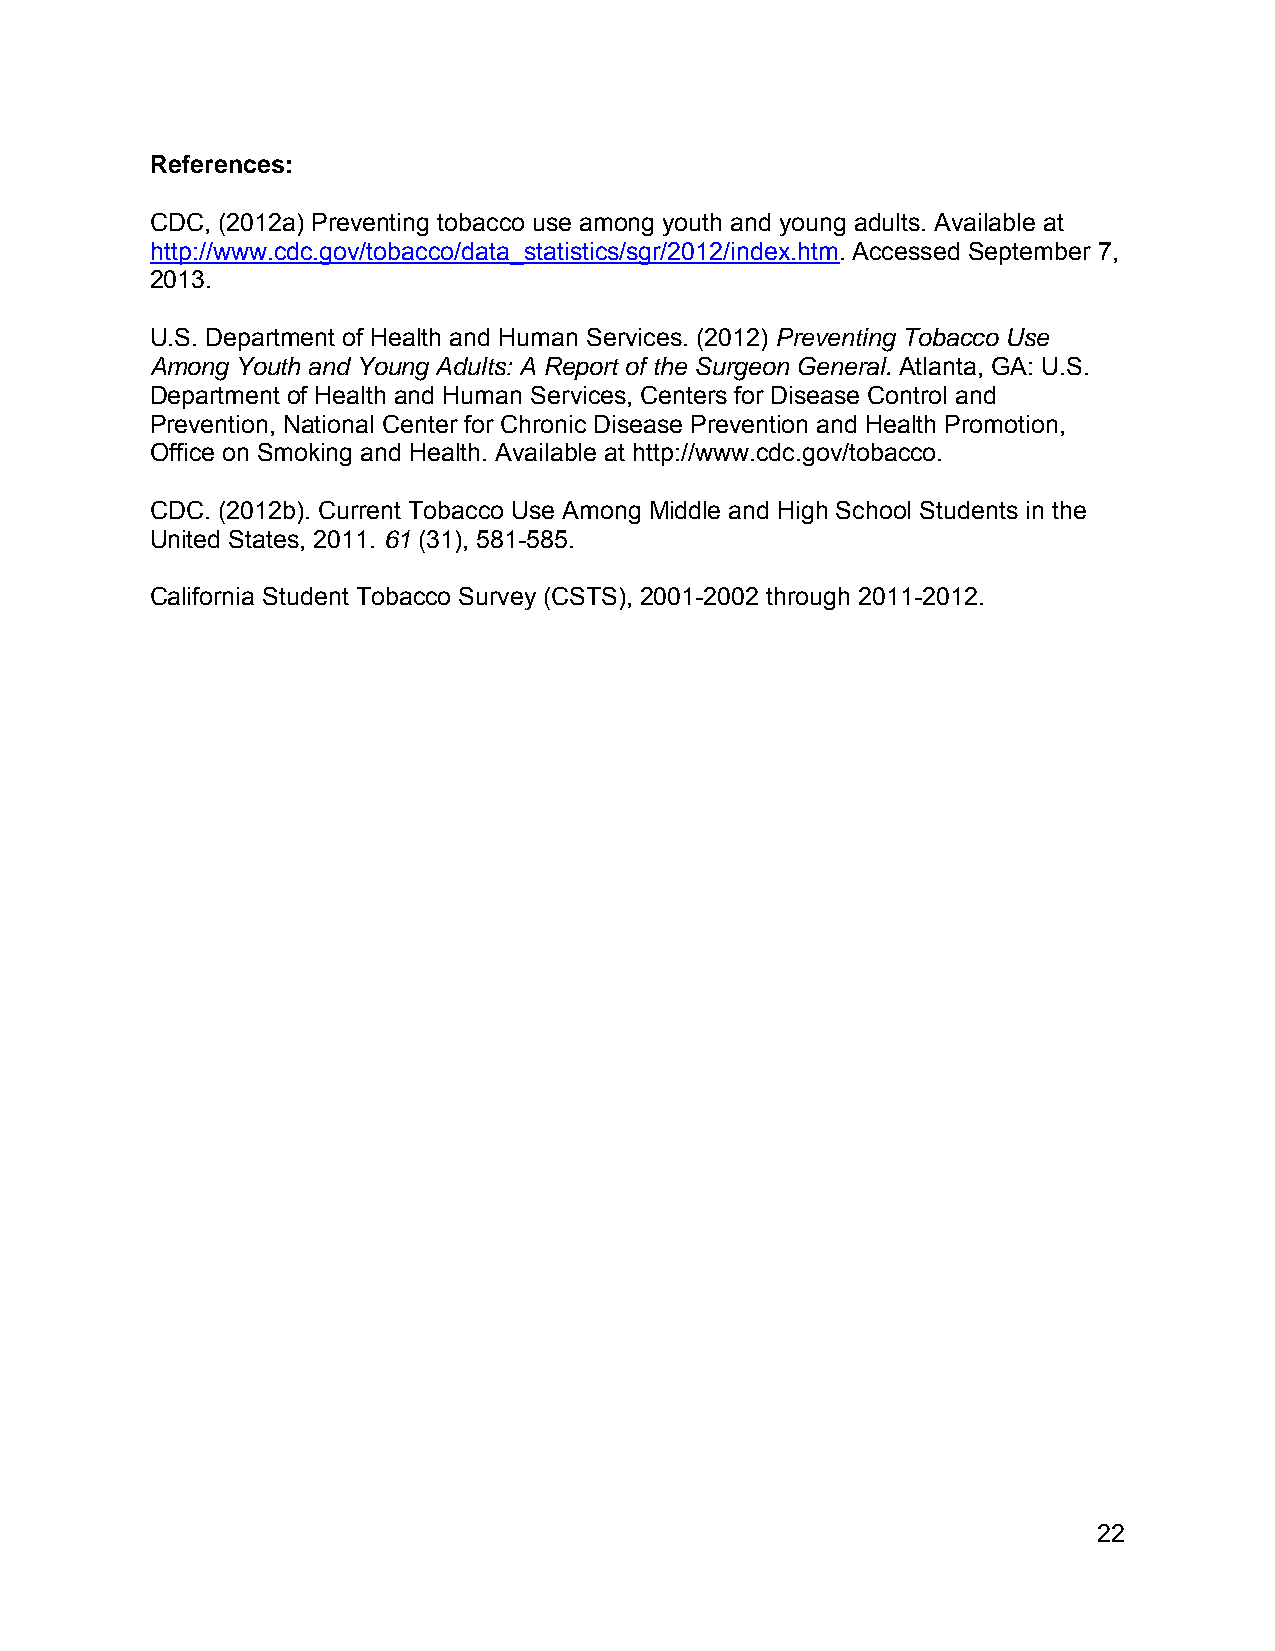
References:
 CDC, (2012a) Preventing tobacco use among youth and young adults. Available at
 http://www.cdc.gov/tobacco/data_statistics/sgr/2012/index.htm. Accessed September 7,
 2013.
 U.S. Department of Health and Human Services. (2012) Preventing Tobacco Use
 Among Youth and Young Adults: A Report of the Surgeon General. Atlanta, GA: U.S.
 Department of Health and Human Services, Centers for Disease Control and
 Prevention, National Center for Chronic Disease Prevention and Health Promotion,
 Office on Smoking and Health. Available at http://www.cdc.gov/tobacco.
 CDC. (2012b). Current Tobacco Use Among Middle and High School Students in the
 United States, 2011. 61 (31), 581-585.
 California Student Tobacco Survey (CSTS), 2001-2002 through 2011-2012.
 22